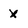
Character: X